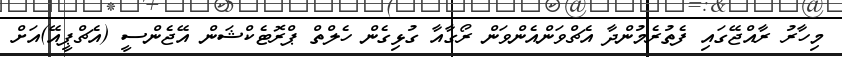
މިހާރު ރާއްޖޭގައި ފެތުރެމުންދާ އެޗްވަންއެންވަން ރޯގާއާ ގުޅިގެން ހެލްތް ޕްރޮޓެކްޝަން އޭޖެންސީ (އެޗްޕީއޭ)އަށް